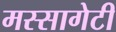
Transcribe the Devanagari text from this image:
मस्सागेटी